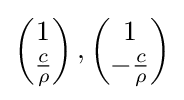
\left({\begin{matrix}1\\{\frac {c}{\rho }}\end{matrix}}\right),\left({\begin{matrix}1\\-{\frac {c}{\rho }}\end{matrix}}\right)